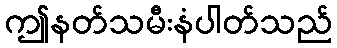
ဤနတ်သမီးနံပါတ်သည်